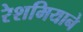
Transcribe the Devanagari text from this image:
रेशमियाने